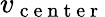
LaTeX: v_{\mathrm{~c~e~n~t~e~r~}}